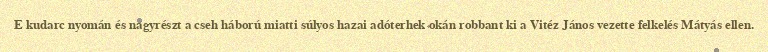
E kudarc nyomán és nagyrészt a cseh háború miatti súlyos hazai adóterhek okán robbant ki a Vitéz János vezette felkelés Mátyás ellen.